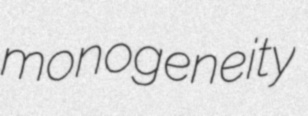
monogeneity